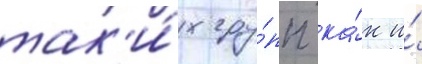
так'и́х гру́пп ка́к и́